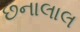
છનાલાલ